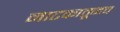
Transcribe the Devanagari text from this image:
नाटकातूनच